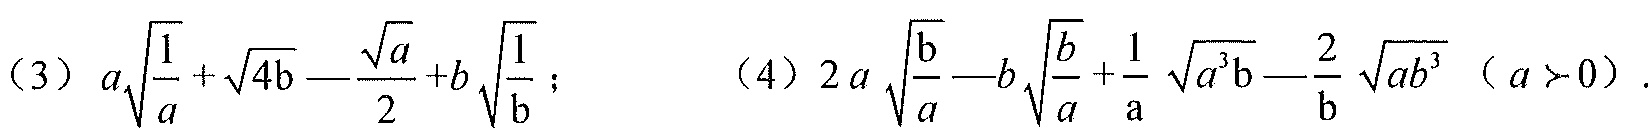
(3) \(a\sqrt{\frac{1}{a}}+\sqrt{4b}-\frac{\sqrt{a}}{2}+b\sqrt{\frac{1}{b}}\);  (4) \(2a\sqrt{\frac{b}{a}}-b\sqrt{\frac{b}{a}}+\frac{1}{a}\sqrt{a^{3}b}-\frac{2}{b}\sqrt{ab^{3}}\ (a > 0)\).